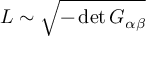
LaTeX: { \cal L } \sim \sqrt { - \operatorname * { d e t } G _ { \alpha \beta } }